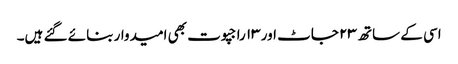
اسی کے ساتھ ۲۳ جاٹ اور ۱۳ راجپوت بھی امیدوار بنائے گئے ہیں۔